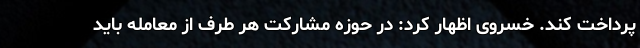
پرداخت کند. خسروی اظهار کرد: در حوزه مشارکت هر طرف از معامله باید